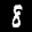
Digit: 8